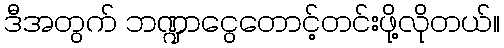
ဒီအတွက် ဘဏ္ဍာငွေတောင့်တင်းဖို့လိုတယ်။